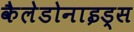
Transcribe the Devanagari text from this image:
कैलेडोनाइड्स